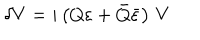
\delta V = i \left( Q \varepsilon + \bar { Q } \bar { \varepsilon } \right) \, V